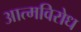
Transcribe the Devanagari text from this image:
आत्मविरोध